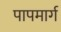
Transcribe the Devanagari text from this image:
पापमार्ग